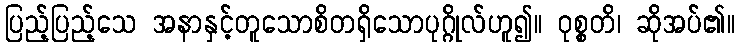
ပြည့်ပြည့်သေ အနာနှင့်တူသောစိတရှိသောပုဂ္ဂိုလ်ဟူ၍။ ဝုစ္စတိ၊ ဆိုအပ်၏။